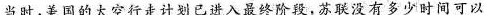
当时，美国的太空行走计划已进入最终阶段，苏联没有多少时间可以